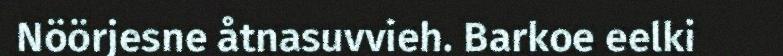
Nöörjesne åtnasuvvieh. Barkoe eelki